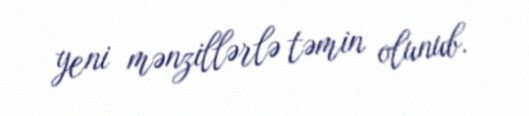
yeni mənzillərlə təmin olunub.